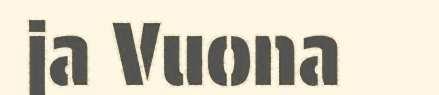
ja Vuona